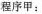
程序甲：